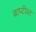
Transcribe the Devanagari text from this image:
बाप्टीस्ट